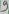
Text: 9